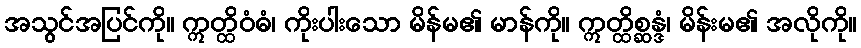
အသွင်အပြင်ကို။ ဣတ္ထိဝံဓံ၊ ကိုးပါးသော မိန်မ၏ မာန်ကို။ ဣတ္ထိစ္ဆန္ဒံ၊ မိန်းမ၏ အလိုကို။